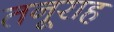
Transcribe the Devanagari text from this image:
तनूराह